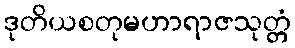
ဒုတိယစတုမဟာရာဇသုတ္တံ